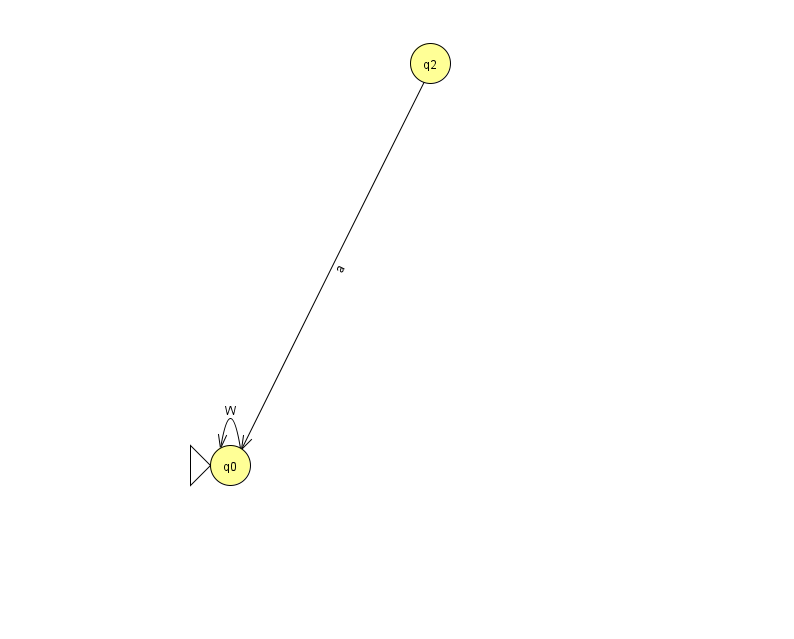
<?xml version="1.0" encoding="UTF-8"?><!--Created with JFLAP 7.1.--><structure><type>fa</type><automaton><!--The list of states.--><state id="0" name="q0"><x>230.0</x><y>452.0</y><initial/></state><state id="2" name="q2"><x>430.0</x><y>50.0</y></state><!--The list of transitions.--><transition><from>0</from><to>0</to><read>W</read></transition><transition><from>2</from><to>0</to><read>a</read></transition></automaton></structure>